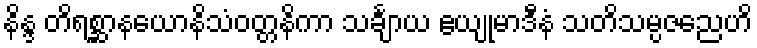
နိန္ဒ တိရစ္ဆာနယောနိသံဝတ္တနိကာ သင်္ချာယ ဧယျုမာဒီနံ သတိသမ္ပဇညေဟိ